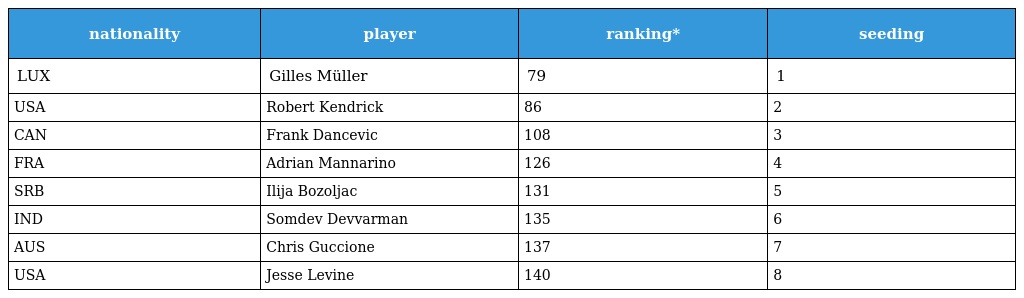
| nationality | player | ranking* | seeding |
 | --- | --- | --- | --- |
 | LUX | Gilles Müller | 79 | 1 |
 | USA | Robert Kendrick | 86 | 2 |
 | CAN | Frank Dancevic | 108 | 3 |
 | FRA | Adrian Mannarino | 126 | 4 |
 | SRB | Ilija Bozoljac | 131 | 5 |
 | IND | Somdev Devvarman | 135 | 6 |
 | AUS | Chris Guccione | 137 | 7 |
 | USA | Jesse Levine | 140 | 8 |